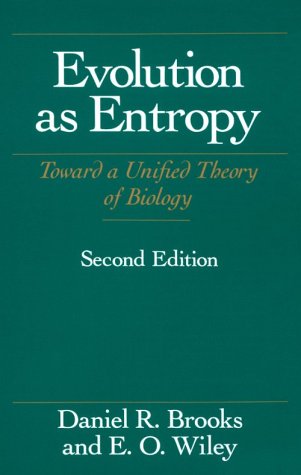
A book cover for Evolution As Entropy: Toward a Unified Theory of Biology (Science and Its Conceptual Foundations series); Daniel R. Brooks; Science & Math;